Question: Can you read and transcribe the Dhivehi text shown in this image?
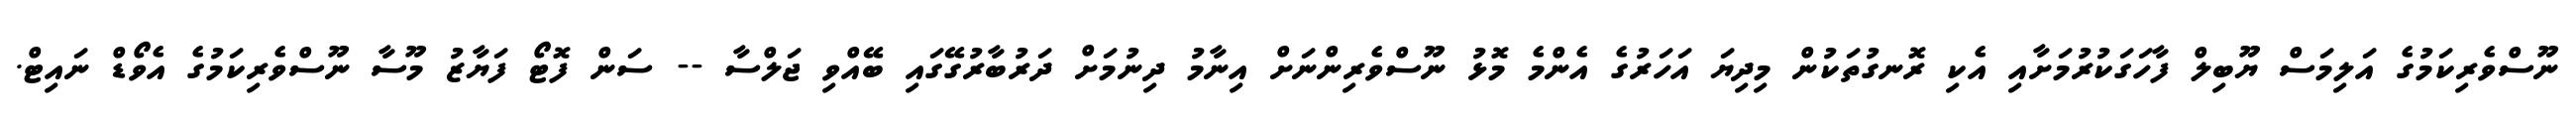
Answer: ނޫސްވެރިކަމުގެ އަލިމަސް ޔޫބިލް ފާހަގަކުރުމަށާއި އެކި ރޮނގުތަކުން މިދިޔަ އަހަރުގެ އެންމެ މޮޅު ނޫސްވެރިންނަށް އިނާމު ދިނުމަށް ދަރުބާރުގޭގައި ބޭއްވި ޖަލްސާ -- ސަން ފޮޓޯ ފަޔާޒު މޫސާ ނޫސްވެރިކަމުގެ އެވޯޑް ނައިޓް.